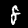
Label: 8